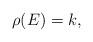
LaTeX: \begin{align*} \rho(E)=k,\end{align*}